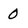
Character: 0